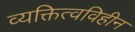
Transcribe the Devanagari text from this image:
व्यक्तित्वविहीन